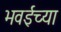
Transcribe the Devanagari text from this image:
भवईच्या